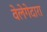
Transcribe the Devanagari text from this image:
वेलेगेदारा